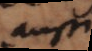
aussi